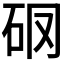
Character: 𥐼